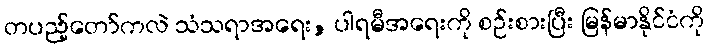
တပည့်တော်ကလဲ သံသရာအရေး, ပါရမီအရေးကို စဉ်းစားပြီး မြန်မာနိုင်ငံကို